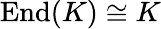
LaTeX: \operatorname{End}(K)\cong K